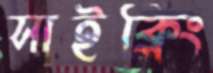
সাইক্লিং